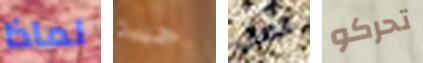
لماذا جيده اتصال تحركو